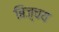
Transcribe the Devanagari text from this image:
बिज़्चय